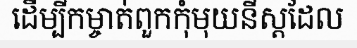
ដើម្បីកម្ចាត់ពួកកុំមុយនីស្តដែល